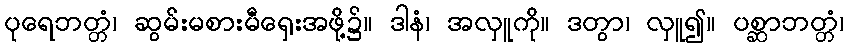
ပုရေဘတ္တံ၊ ဆွမ်းမစားမီရှေးအဖို့၌။ ဒါနံ၊ အလှူကို။ ဒတွာ၊ လှူ၍။ ပစ္ဆာဘတ္တံ၊